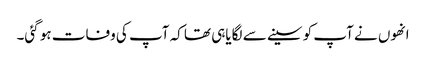
انھوں نے آپ کو سینے سے لگایاہی تھا کہ آپ کی وفات ہو گئی۔